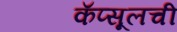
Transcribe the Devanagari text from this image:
कॅप्सूलची